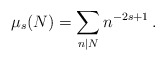
\begin{align*}\mu_s(N)=\sum_{n| N} n^{-2s+1}\, .\end{align*}